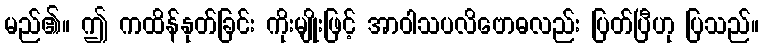
မည်၏။ ဤ ကထိန်နုတ်ခြင်း ကိုးမျိုးဖြင့် အာဝါသပလိဗောဓလည်း ပြတ်ပြီဟု ပြသည်။